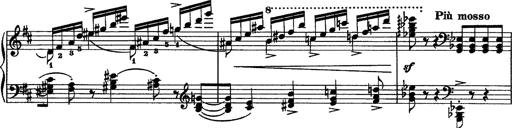
Title: Piano Sonata
Composer: Karl HÃ¤ssler
Key: C major